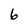
Character: 6